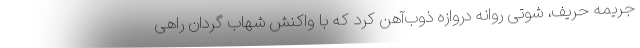
جریمه حریف، شوتی روانه دروازه ذوب‌آهن کرد که با واکنش شهاب گردان راهی